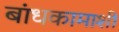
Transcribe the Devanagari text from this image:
बांधकामाशी